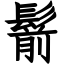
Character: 鬋